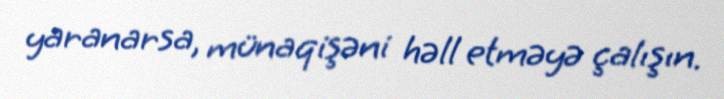
yaranarsa, münaqişəni həll etməyə çalışın.